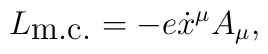
L_{\textrm{m.c.}} = - e \dot x^\mu A_\mu,